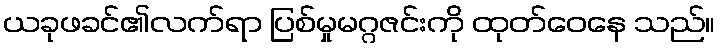
ယခုဖခင်၏လက်ရာ ပြစ်မှုမဂ္ဂဇင်းကို ထုတ်ဝေနေ သည်။